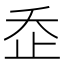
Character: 𣥚